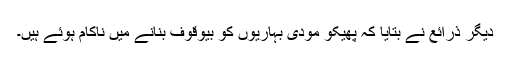
دیگر ذرائع نے بتایا کہ پھیکو مودی بہاریوں کو بیوقوف بنانے میں ناکام ہوئے ہیں۔